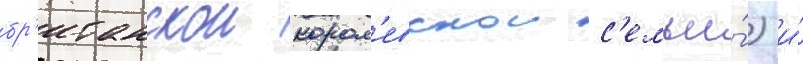
бр'итанскои корол'евскои с'емьи́) и́